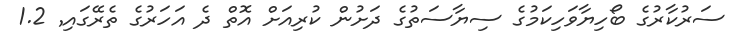
ސަރުކާރުގެ ބޯހިޔާވަހިކަމުގެ ސިޔާސަތުގެ ދަށުން ކުރިއަށް އޮތް ދެ އަހަރުގެ ތެރޭގައި